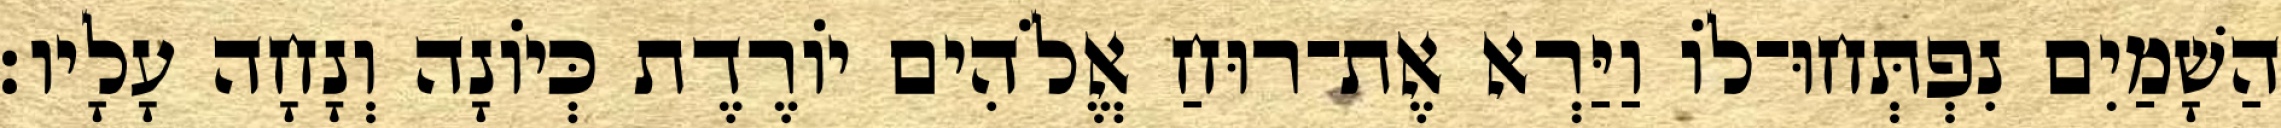
הַשָׁמַיִם נִפְתְּחוּ־לוֹ וַיַּרְא אֶת־רוּחַ אֱלֹהִים יוֹרֶדֶת כְּיוֹנָה וְנָחָה עָלָיו׃